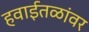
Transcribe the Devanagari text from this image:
हवाईतळांवर